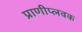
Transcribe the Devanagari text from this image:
प्राणीप्लवक